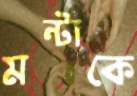
মন্টাকে